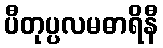
ပီတုပ္ပလမဓာရိနီ